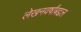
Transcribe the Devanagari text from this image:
लेखनवर्षांबद्दल